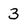
Character: 3